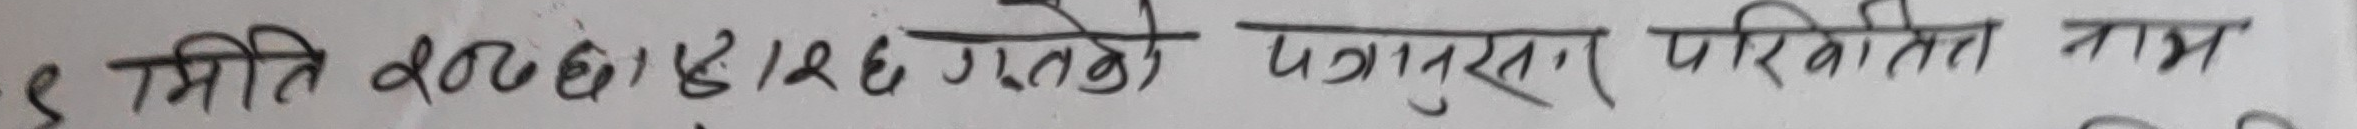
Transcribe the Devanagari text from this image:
१ मिति २०७७/६/२६ गतेको पत्रनुसार परिवर्तित नाम